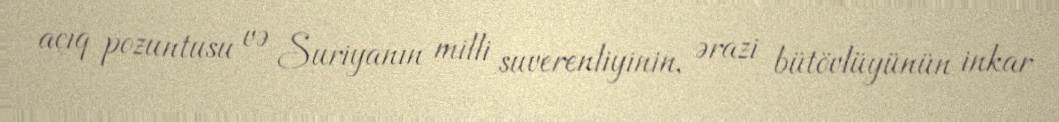
açıq pozuntusu və Suriyanın milli suverenliyinin, ərazi bütövlüyünün inkar